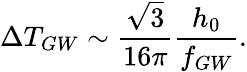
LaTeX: \Delta T_{GW}\sim\frac{\sqrt{3}}{16\pi}\frac{h_{0}}{f_{GW}}.